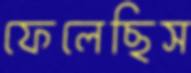
ফেলেছিস